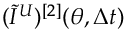
( \widetilde { I } ^ { U } ) ^ { [ 2 ] } ( \theta , \Delta t )